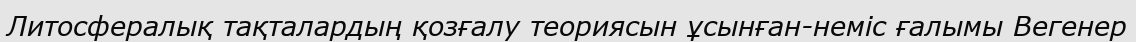
Литосфералық тақталардың қозғалу теориясын ұсынған-неміс ғалымы Вегенер